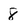
Character: 8